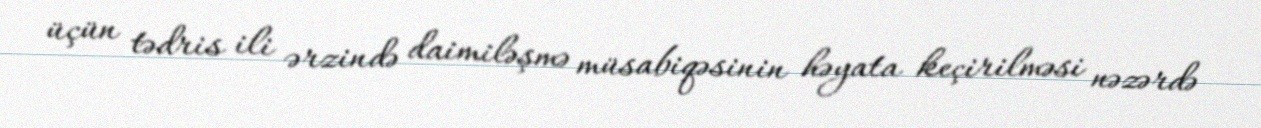
üçün tədris ili ərzində daimiləşmə müsabiqəsinin həyata keçirilməsi nəzərdə